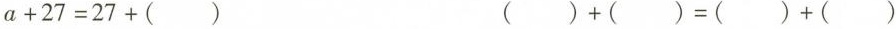
$$a + 2 7 = 2 7 + ( )$$ $$( ) + ( ) = ( ) + ( )$$